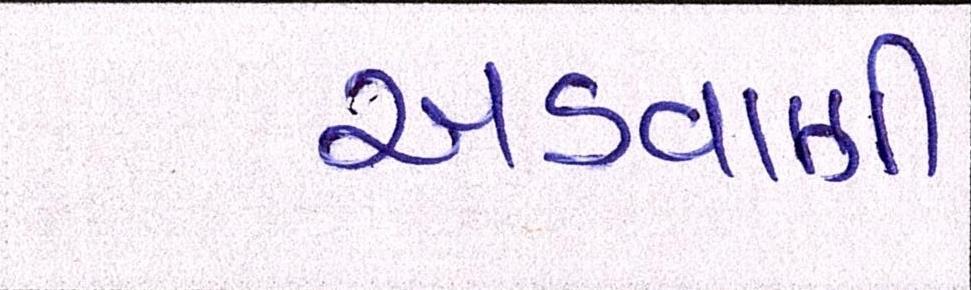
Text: અડવાણી